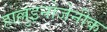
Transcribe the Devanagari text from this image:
हाल्लुइनोजेनीक